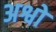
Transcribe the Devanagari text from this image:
अश्वो